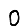
Digit: 0